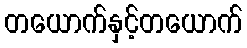
တယောက်နှင့်တယောက်